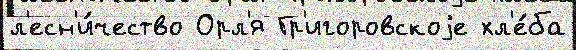
л'есн'и́чество Орл'я Гр'игоровскоjе хл'е́ба